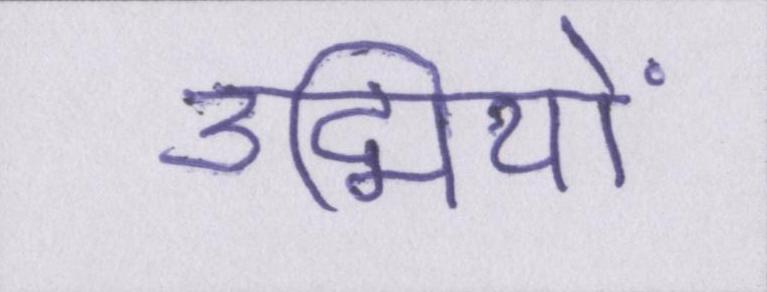
उद्मियों